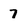
Character: 7